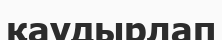
қаудырлап